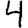
Digit: 4